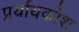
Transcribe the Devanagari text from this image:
प्रर्यायकोश